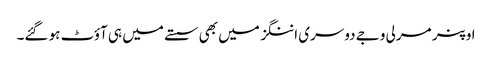
اوپنر مرلی وجے دوسری اننگز میں بھی سستے میں ہی آؤٹ ہو گئے۔